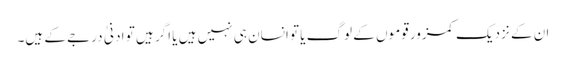
ان کے نزدیک کمزور قوموں کے لوگ یا تو انسان ہی نہیں ہیں یا اگر ہیں تو ادنیٰ درجے کے ہیں۔